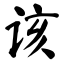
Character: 该